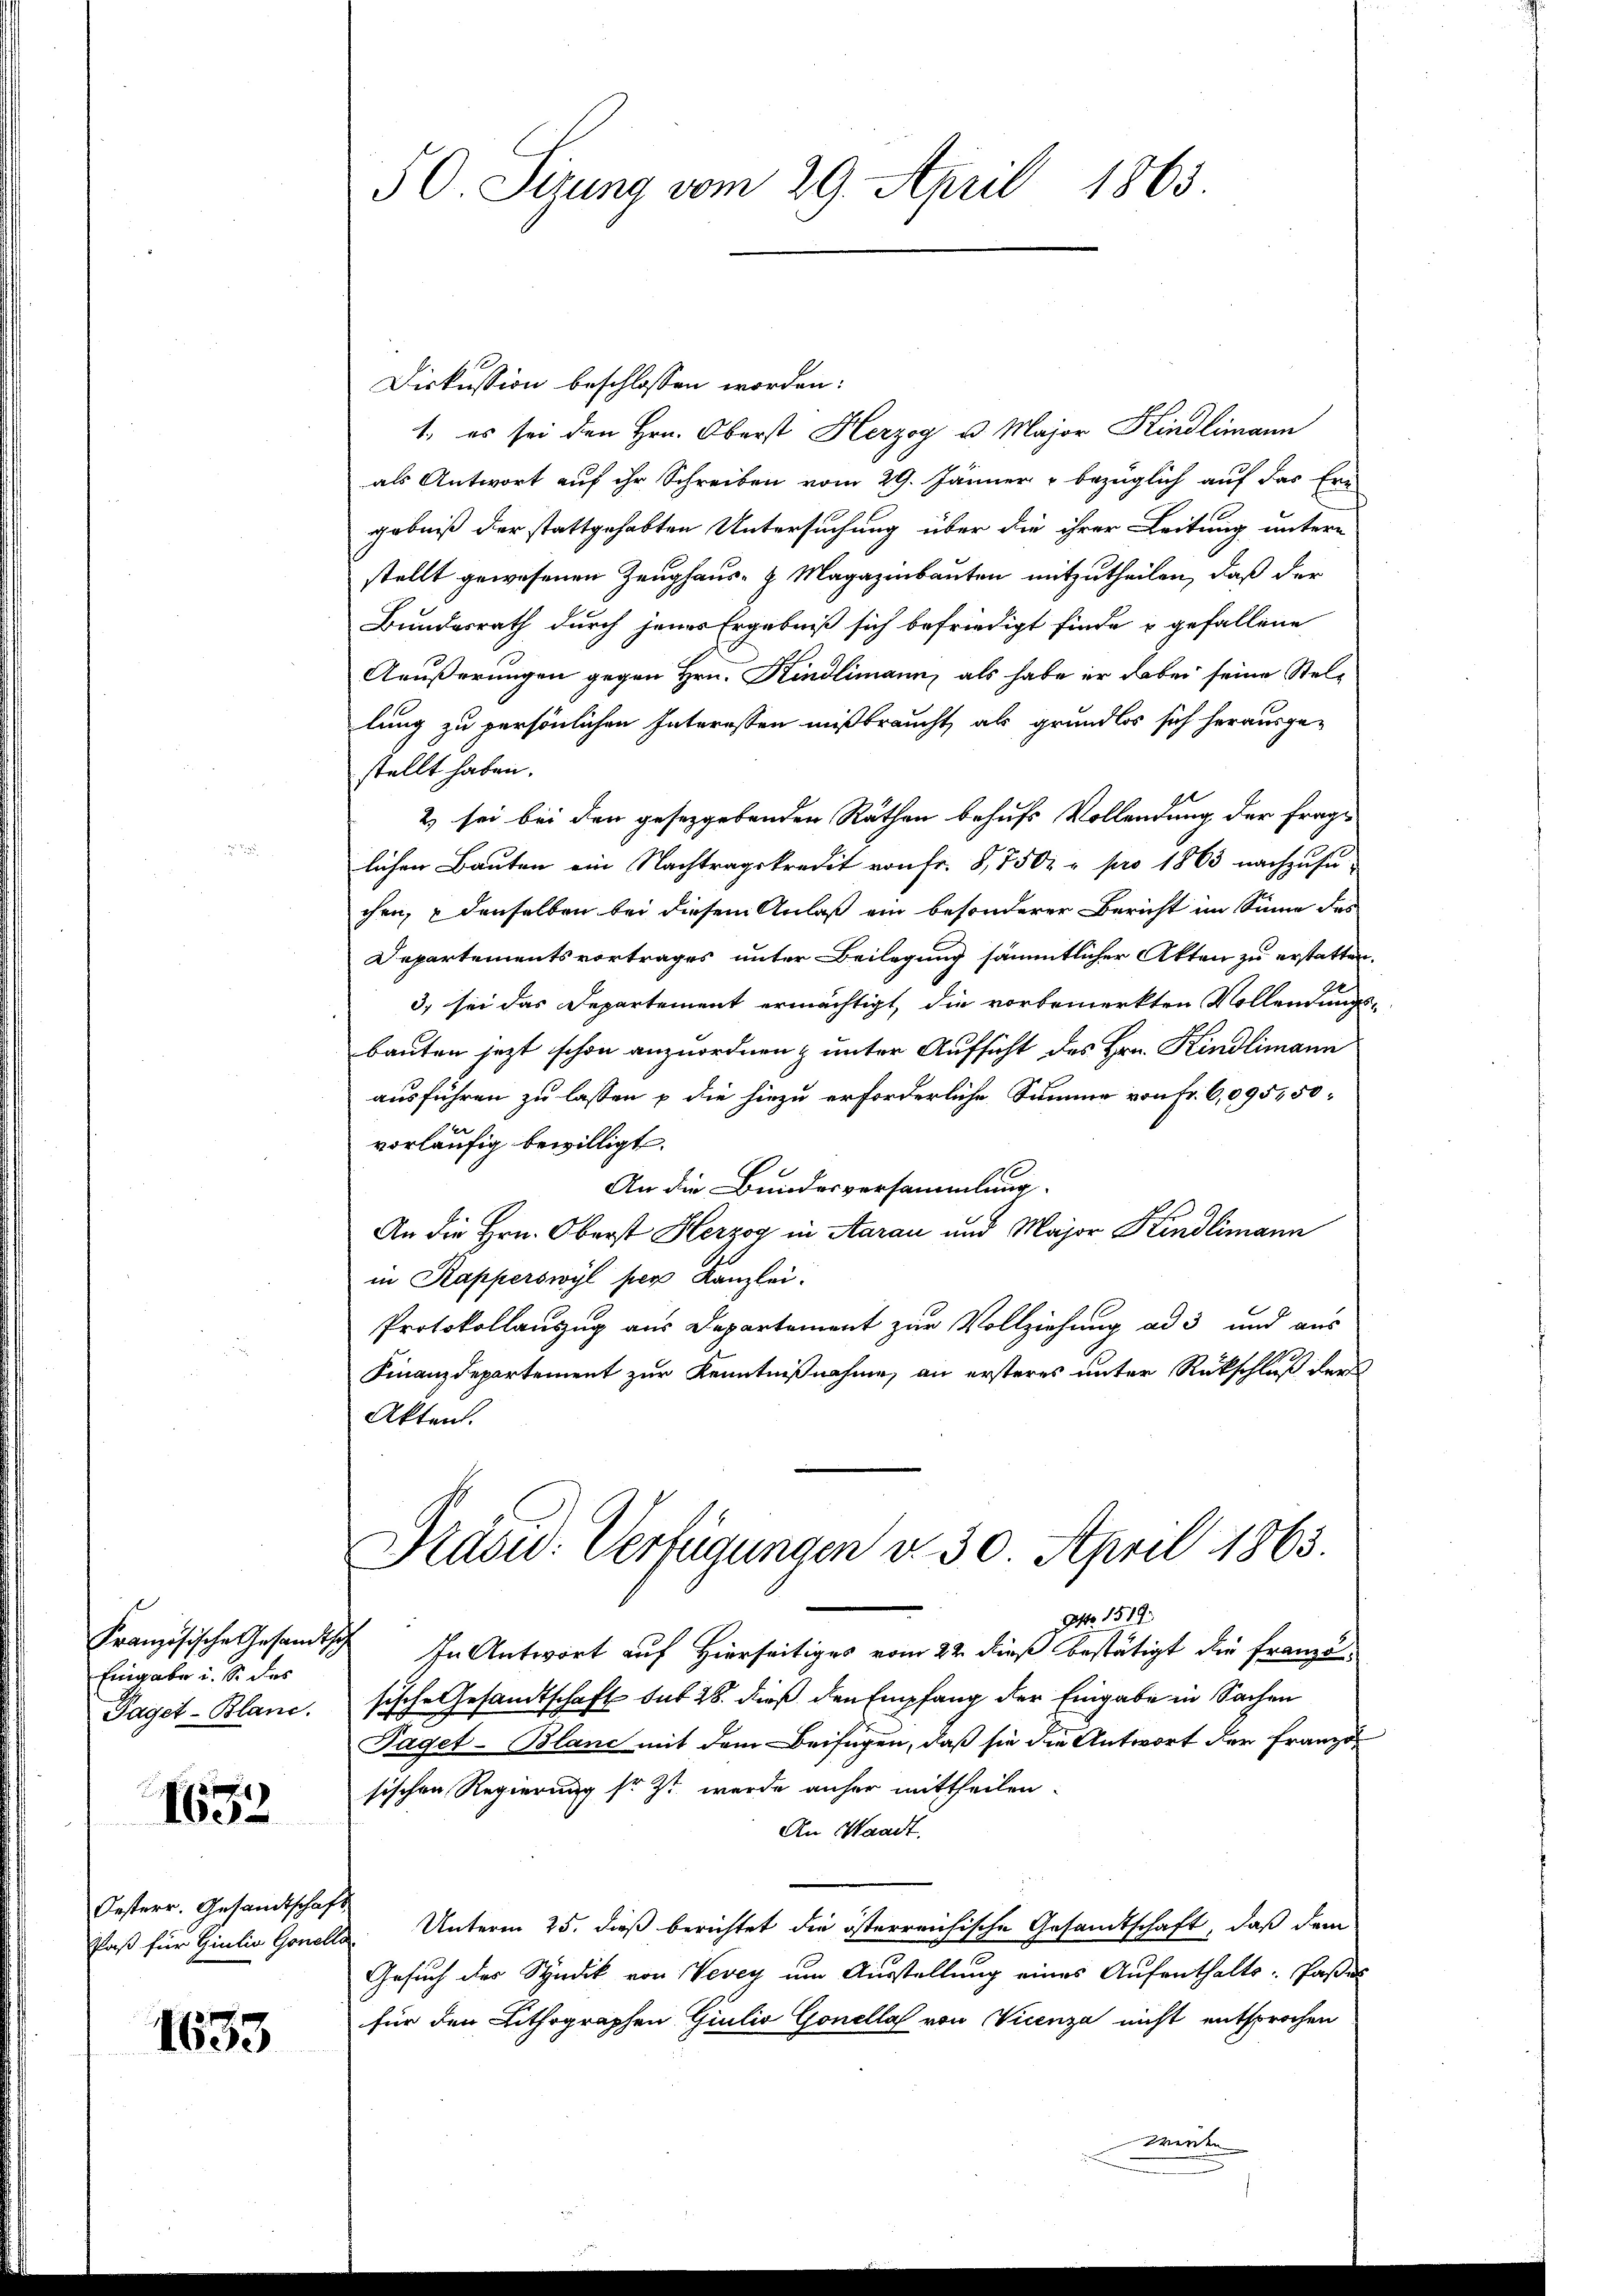
Französische Gesandtsch
Eingabe u. S. des
Paget-Blanc.

Oesterr. Gesandtschaf
Paß für Giulio Goner

1652

1633

50. Sirung vom 29. April 1865

Diskussion beschlossen worden:
1. es sei den Hrn. Oberst Herzog u. Major Kindlimann
als Antwort auf ihr Schreiben vom 29. Jänner u bezüglich auf das Er-
gebniß der stattgehabten Untersuchung über die ihrer Leitung untere
stellt gewesenen Zeughaus- & Magazinbauten mitzutheilen, daß der
Bundesrath durch jenes Ergebniß sich befriedigt finde u gefallene
Aeußerungen gegen Hrn. Kindlimann, als habe er dabei seine Stellung zu persönlichen Interessen mißbraucht, als grundlos sich herausge-
stellt haben.
2) sei bei den geseggebenden Räthen behufs Vollendung der fraglichen Bauten ein Nachtragskredit von Fr. 8,7502 - pro 1863 nachzusuchen, u denselben bei diesem Anlaß ein besonderer Bericht im Sinne des
Departementsvortrages unter Beilegung sämmtlicher Akten zu erstatten
3. sei das Departement ermächtigt, die vorbemerkten Vollendung
bauten jezt schon anzuordnen & unter Aufsicht des Hrn. Kindlimann
ausführen zu lassen u die hiezu erforderliche Summe von Fr. 6,095450:
e
vorläufig bewilligt.
An die Bundesversammlung.
An die Hrn. Oberst Herzog in Aarau und Major Kindlimann
in Kapperswyl per Kanzlei.
Protokollauszug aus Departement zur Vollziehung ad 3 und aus
Finanzdepartement zur Kenntnißnahme, an ersteres unter Rückschluß der
Akten.
Präsid. Verfügungen v. 30. April 1863.
Otto. 1519.
In Antwort auf Hierseitiges vom 22. dieß bestätigt die Franzesische Gesandtschaft sub 28. dieß den Empfang der Eingabe in Sachen
Paget-Blanc mit dem Beifügen, daß sie die Antwort der Franzos
sischen Regierung so ist werde anher mittheilen.
An Waadt.
Unterm 25. dieß berichtet die österreichische Gesandtschaft, daß dem
Gesuch der Syndik von Vevey um Ausstellung eines Aufenthalts: Pässe
für den Lithographen Giulio Gonella von Vicenza nicht entsprochen